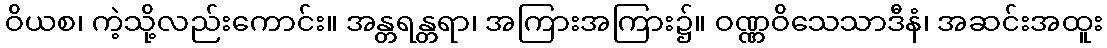
ဝိယစ၊ ကဲ့သို့လည်းကောင်း။ အန္တရန္တရာ၊ အကြားအကြား၌။ ဝဏ္ဏဝိသေသာဒီနံ၊ အဆင်းအထူး